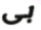
بى